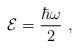
LaTeX: \begin{align*}{\cal E} = {\hbar\omega \over 2}\,\, ,\end{align*}